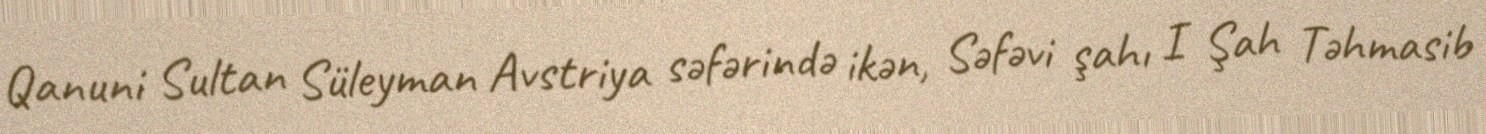
Qanuni Sultan Süleyman Avstriya səfərində ikən, Səfəvi şahı I Şah Təhmasib